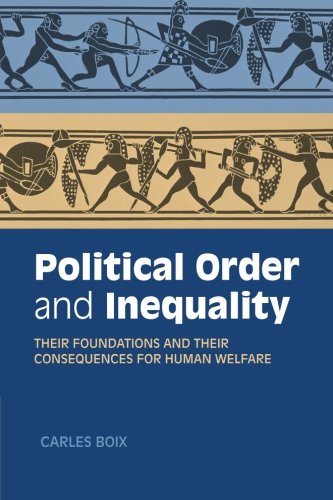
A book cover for Political Order and Inequality: Their Foundations and their Consequences for Human Welfare (Cambridge Studies in Comparative Politics); Carles Boix; Law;